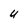
Character: U